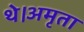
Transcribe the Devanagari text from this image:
थे।अमृता